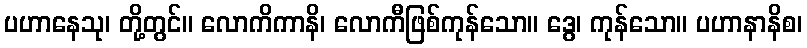
ပဟာနေသု၊ တို့တွင်။ လောကိကာနိ၊ လောကီဖြစ်ကုန်သော။ ဒွေ၊ ကုန်သော။ ပဟာနာနိစ၊